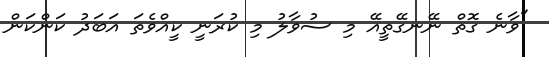
"ވާނެ ގޮތް ނޭނގޭތީއޭ މި ސުވާލު މި ކުރަނީ ކީއްވެތަ އަބަދު ކަންކަން